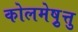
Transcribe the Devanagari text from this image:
कोलमेष़ुत्तु